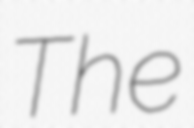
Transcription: The